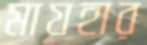
মাযহার